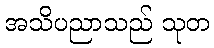
အသိပညာသည် သုတ